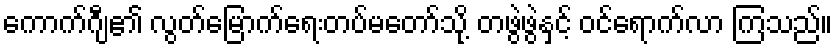
ကောက်ဂျီ၏ လွတ်မြောက်ရေးတပ်မတော်သို့ တဖွဲဖွဲနှင့် ဝင်ရောက်လာ ကြသည်။